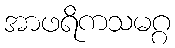
အာဖရိကသမဂ္ဂ